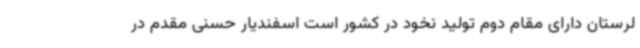
لرستان دارای مقام دوم تولید نخود در کشور است اسفندیار حسنی مقدم در